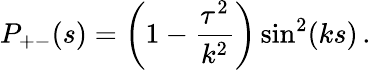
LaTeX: P_{+-}(s)=\left(1-\frac{\tau^{2}}{k^{2}}\right)\sin^{2}(ks)\, .